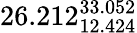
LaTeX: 26.212_{12.424}^{33.052}